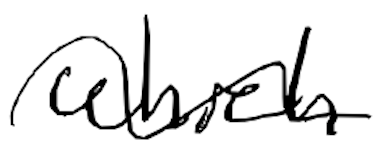
Text: which
Cross-out: wave
Writing tool: digital_black